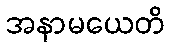
အနာမယေတိ